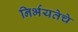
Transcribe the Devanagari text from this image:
निर्भयतेचे